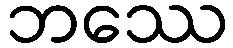
ဘဿေ